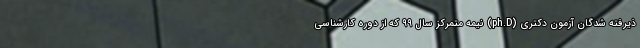
ذیرفته شدگان آزمون دکتری (ph.D) نیمه متمرکز سال ۹۹ که از دوره کارشناسی